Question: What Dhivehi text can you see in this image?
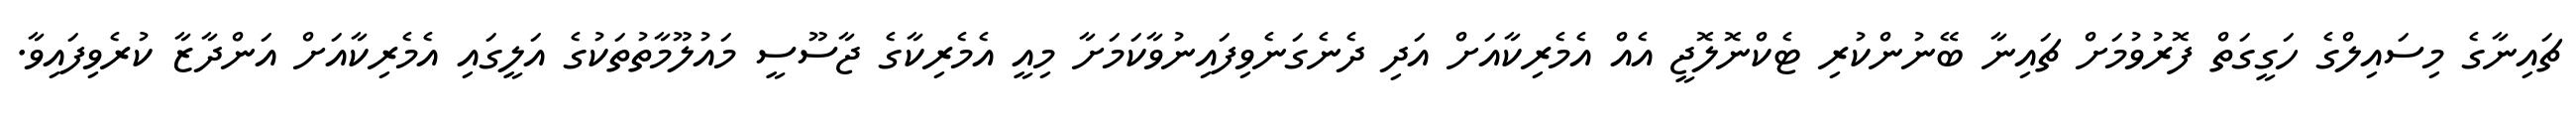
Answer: ޗައިނާގެ މިސައިލްގެ ހަގީގަތް ފޮރުވުމަށް ޗައިނާ ބޭނުންކުރި ޓެކްނޮލޮޖީ އެއް އެމެރިކާއަށް އަދި ދެނެގަނެވިފައިނުވާކަމަށާ މިއީ އެމެރިކާގެ ޖާސޫސީ މައުލޫމާތުތަކުގެ އަލީގައި އެމެރިކާއަށް އަންދާޒާ ކުރެވިފައިވާ.